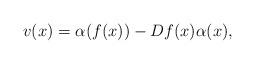
LaTeX: \begin{align*}v(x)= \alpha(f(x)) - Df(x)\alpha(x),\end{align*}